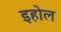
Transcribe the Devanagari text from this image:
इहोल